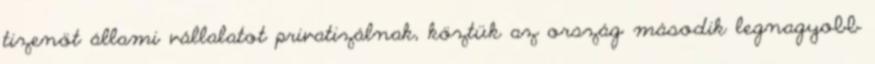
tizenöt állami vállalatot privatizálnak, köztük az ország második legnagyobb